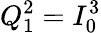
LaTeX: Q_{1}^{2}=I_{0}^{3}